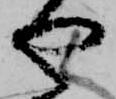
や